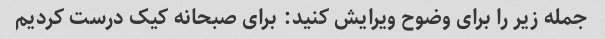
جمله زیر را برای وضوح ویرایش کنید: برای صبحانه کیک درست کردیم